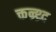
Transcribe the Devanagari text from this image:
क्तन्र्थ्र्द